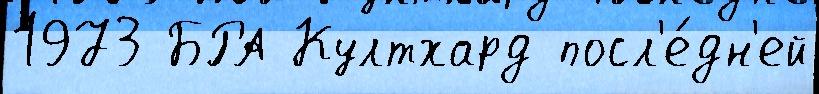
1973 БРА Култхард посл'е́дн'ей